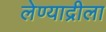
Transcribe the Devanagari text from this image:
लेण्याद्रीला